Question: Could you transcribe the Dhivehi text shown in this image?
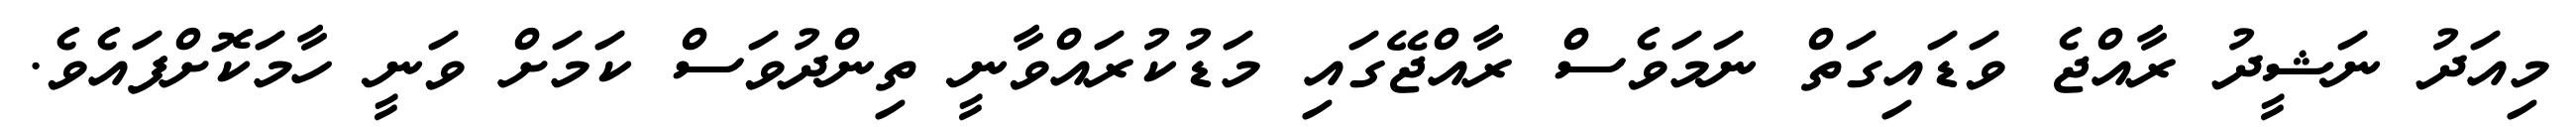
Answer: މިއަދު ނަޝީދު ރާއްޖެ ވަޑައިގަތް ނަމަވެސް ރާއްޖޭގައި މަޑުކުރައްވާނީ ތިންދުވަސް ކަމަށް ވަނީ ހާމަކޮށްފައެވެ.